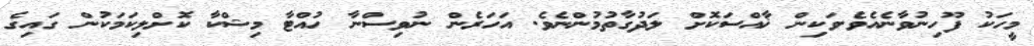
މީހަކު ފޫހިނުވާނެއެވެ.ވަކިން ޚާއްސަކޮށް ލަދުގާތުމުންނެވެ. އަހަރެން ނުވިސްނާ ހުއްޓާ މިޝްކާ ކޮށްލިކަމަކުން ގައިގެ